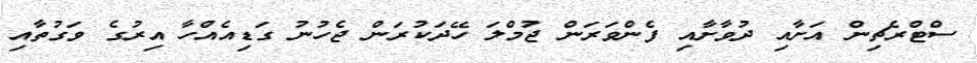
ސްޓްރެޗިން އަށާއި ދުވާށާއި ފެންވަރަން ޖުމްލަ ހޭދަކުރަން ޖެހުނު ގަޑިއެއްހާ އިރުގެ ވަގުތާއި